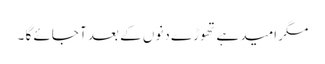
مگر امید ہے تھوڑے دنوں کے بعد آ جائے گا ۔